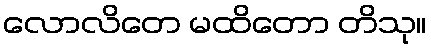
လောလိတေ မထိတော တိသု။